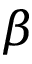
\beta